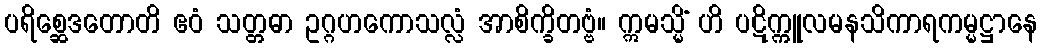
ပရိစ္ဆေဒတောတိ ဧဝံ သတ္တဓာ ဥဂ္ဂဟကောသလ္လံ အာစိက္ခိတဗ္ဗံ။ ဣမသ္မိံ ဟိ ပဋိက္ကူလမနသိကာရကမ္မဋ္ဌာနေ